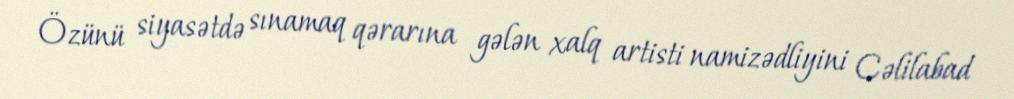
Özünü siyasətdə sınamaq qərarına gələn xalq artisti namizədliyini Cəlilabad